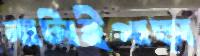
নাটাইপাড়া